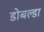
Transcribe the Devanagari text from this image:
डोबल्डा